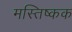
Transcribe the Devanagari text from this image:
मस्तिष्कक